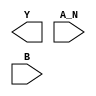
module sky130_fd_sc_ls__nand2b (
    Y  ,
    A_N,
    B
);

    output Y  ;
    input  A_N;
    input  B  ;

    // Voltage supply signals
    supply1 VPWR;
    supply0 VGND;
    supply1 VPB ;
    supply0 VNB ;

endmodule